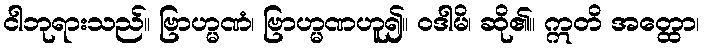
ငါဘုရားသည်။ ဗြာဟ္မဏံ၊ ဗြာဟ္မဏဟူ၍။ ဝဒါမိ၊ ဆို၏။ ဣတိ အတ္ထော၊